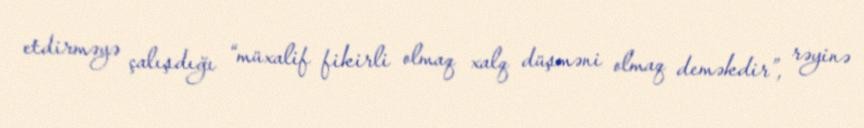
etdirməyə çalışdığı “müxalif fikirli olmaq xalq düşməni olmaq deməkdir”, rəyinə